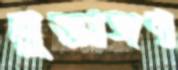
মুক্তাঙ্গণ